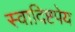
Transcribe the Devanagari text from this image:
स्वादिष्टपेय